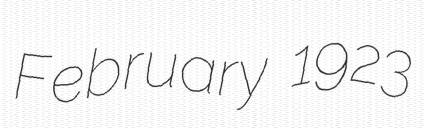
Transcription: February 1923